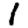
Digit: 1